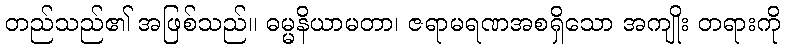
တည်သည်၏ အဖြစ်သည်။ ဓမ္မနိယာမတာ၊ ဇရာမရဏအစရှိသော အကျိုး တရားကို